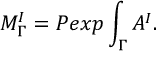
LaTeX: M _ { \Gamma } ^ { I } = P e x p \int _ { \Gamma } A ^ { I } .